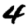
Digit: 4